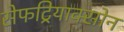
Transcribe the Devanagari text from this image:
सेफट्रियाक्सोन